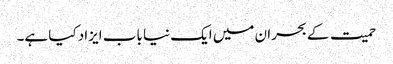
حمیت کے بحران میں ایک نیا باب ایزاد کیا ہے۔